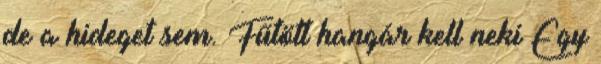
de a hideget sem. Fűtött hangár kell neki Egy